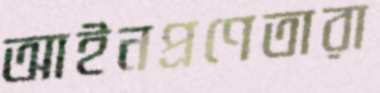
আইনপ্রণেতারা